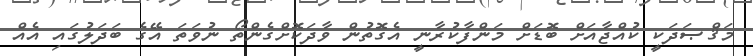
މަޤްޞަދަކީ ކުއްޖާއަށް ބޮޑަށް މަންފާކުރާނީ އެގޮތުން ވާދަކޮށްގެންތޯ ނުވަތަ އޭގެ ބަދަލުގައި އެއް